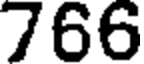
766